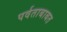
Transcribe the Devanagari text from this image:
पर्वताबाबत